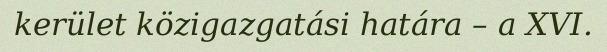
kerület közigazgatási határa – a XVI.